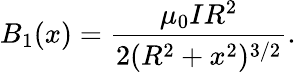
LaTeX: B_{1}(x)={\frac{\mu_{0}IR^{2}}{2(R^{2}+x^{2})^{3/2}}}.